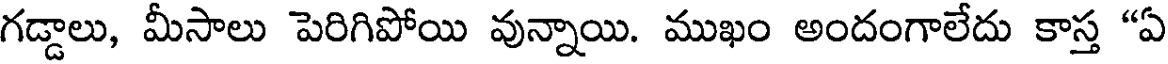
గడ్డాలు, మీసాలు పెరిగిపోయి వున్నాయి. ముఖం అందంగాలేదు కాస్త "ఏ